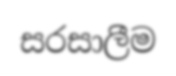
සරසාලීම